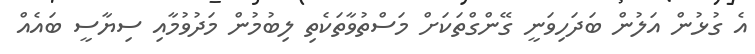
އެ ގުޅުން އަލުން ބަދަހިވަނީ ގޭންގްތަކަށް މަސްތުވާތަކެތި ލިބުމުން މަދުވުމާއި ސިޔާސީ ބައެއް